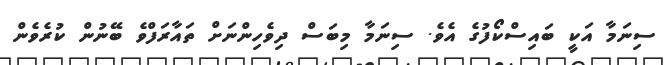
ސިނަމާ އަކީ ބައިސްކޯފުގެ އެވެ. ސިނަމާ މިބަސް ދިވެހިންނަށް ތައާރަފްވެ ބޭނުން ކުރެވެން